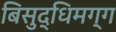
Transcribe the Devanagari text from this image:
बिसुद्धिमग्ग